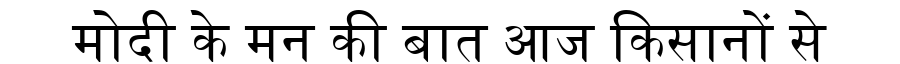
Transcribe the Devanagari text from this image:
मोदी के मन की बात आज किसानों से